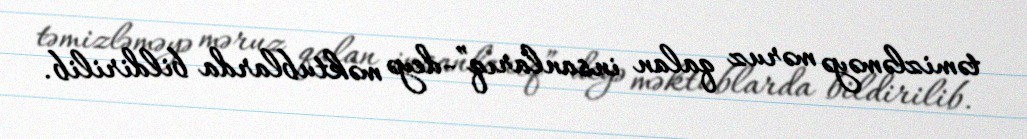
təmizləməyə məruz qalan insanlarıq”-deyə məktublarda bildirilib.